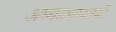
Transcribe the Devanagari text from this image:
अध्यात्मावरही